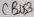
Text: CBUS3